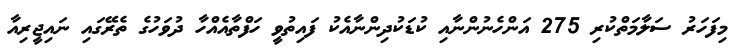
މިފަހަރު ސަލާމަތްކުރި 275 އަންހެނުންނާއި ކުޑަކުދިންނާއެކު ފައިތުވީ ހަފްތާއެއްހާ ދުވަހުގެ ތެރޭގައި ނައިޖީރިއާ